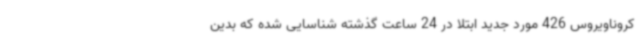
کروناویروس 426 مورد جدید ابتلا در 24 ساعت گذشته شناسایی شده که بدین